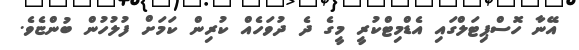
އޭނާ ހޮސްޕިޓަލްގައި އެޑްމިޓްކުރީ މީގެ ދެ ދުވަހެއް ކުރިން ކަމަށް ފުލުހުން ބުންޏެވެ.